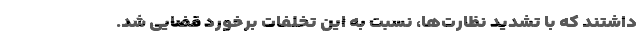
داشتند که با تشدید نظارت‌ها، نسبت به این تخلفات برخورد قضایی شد.